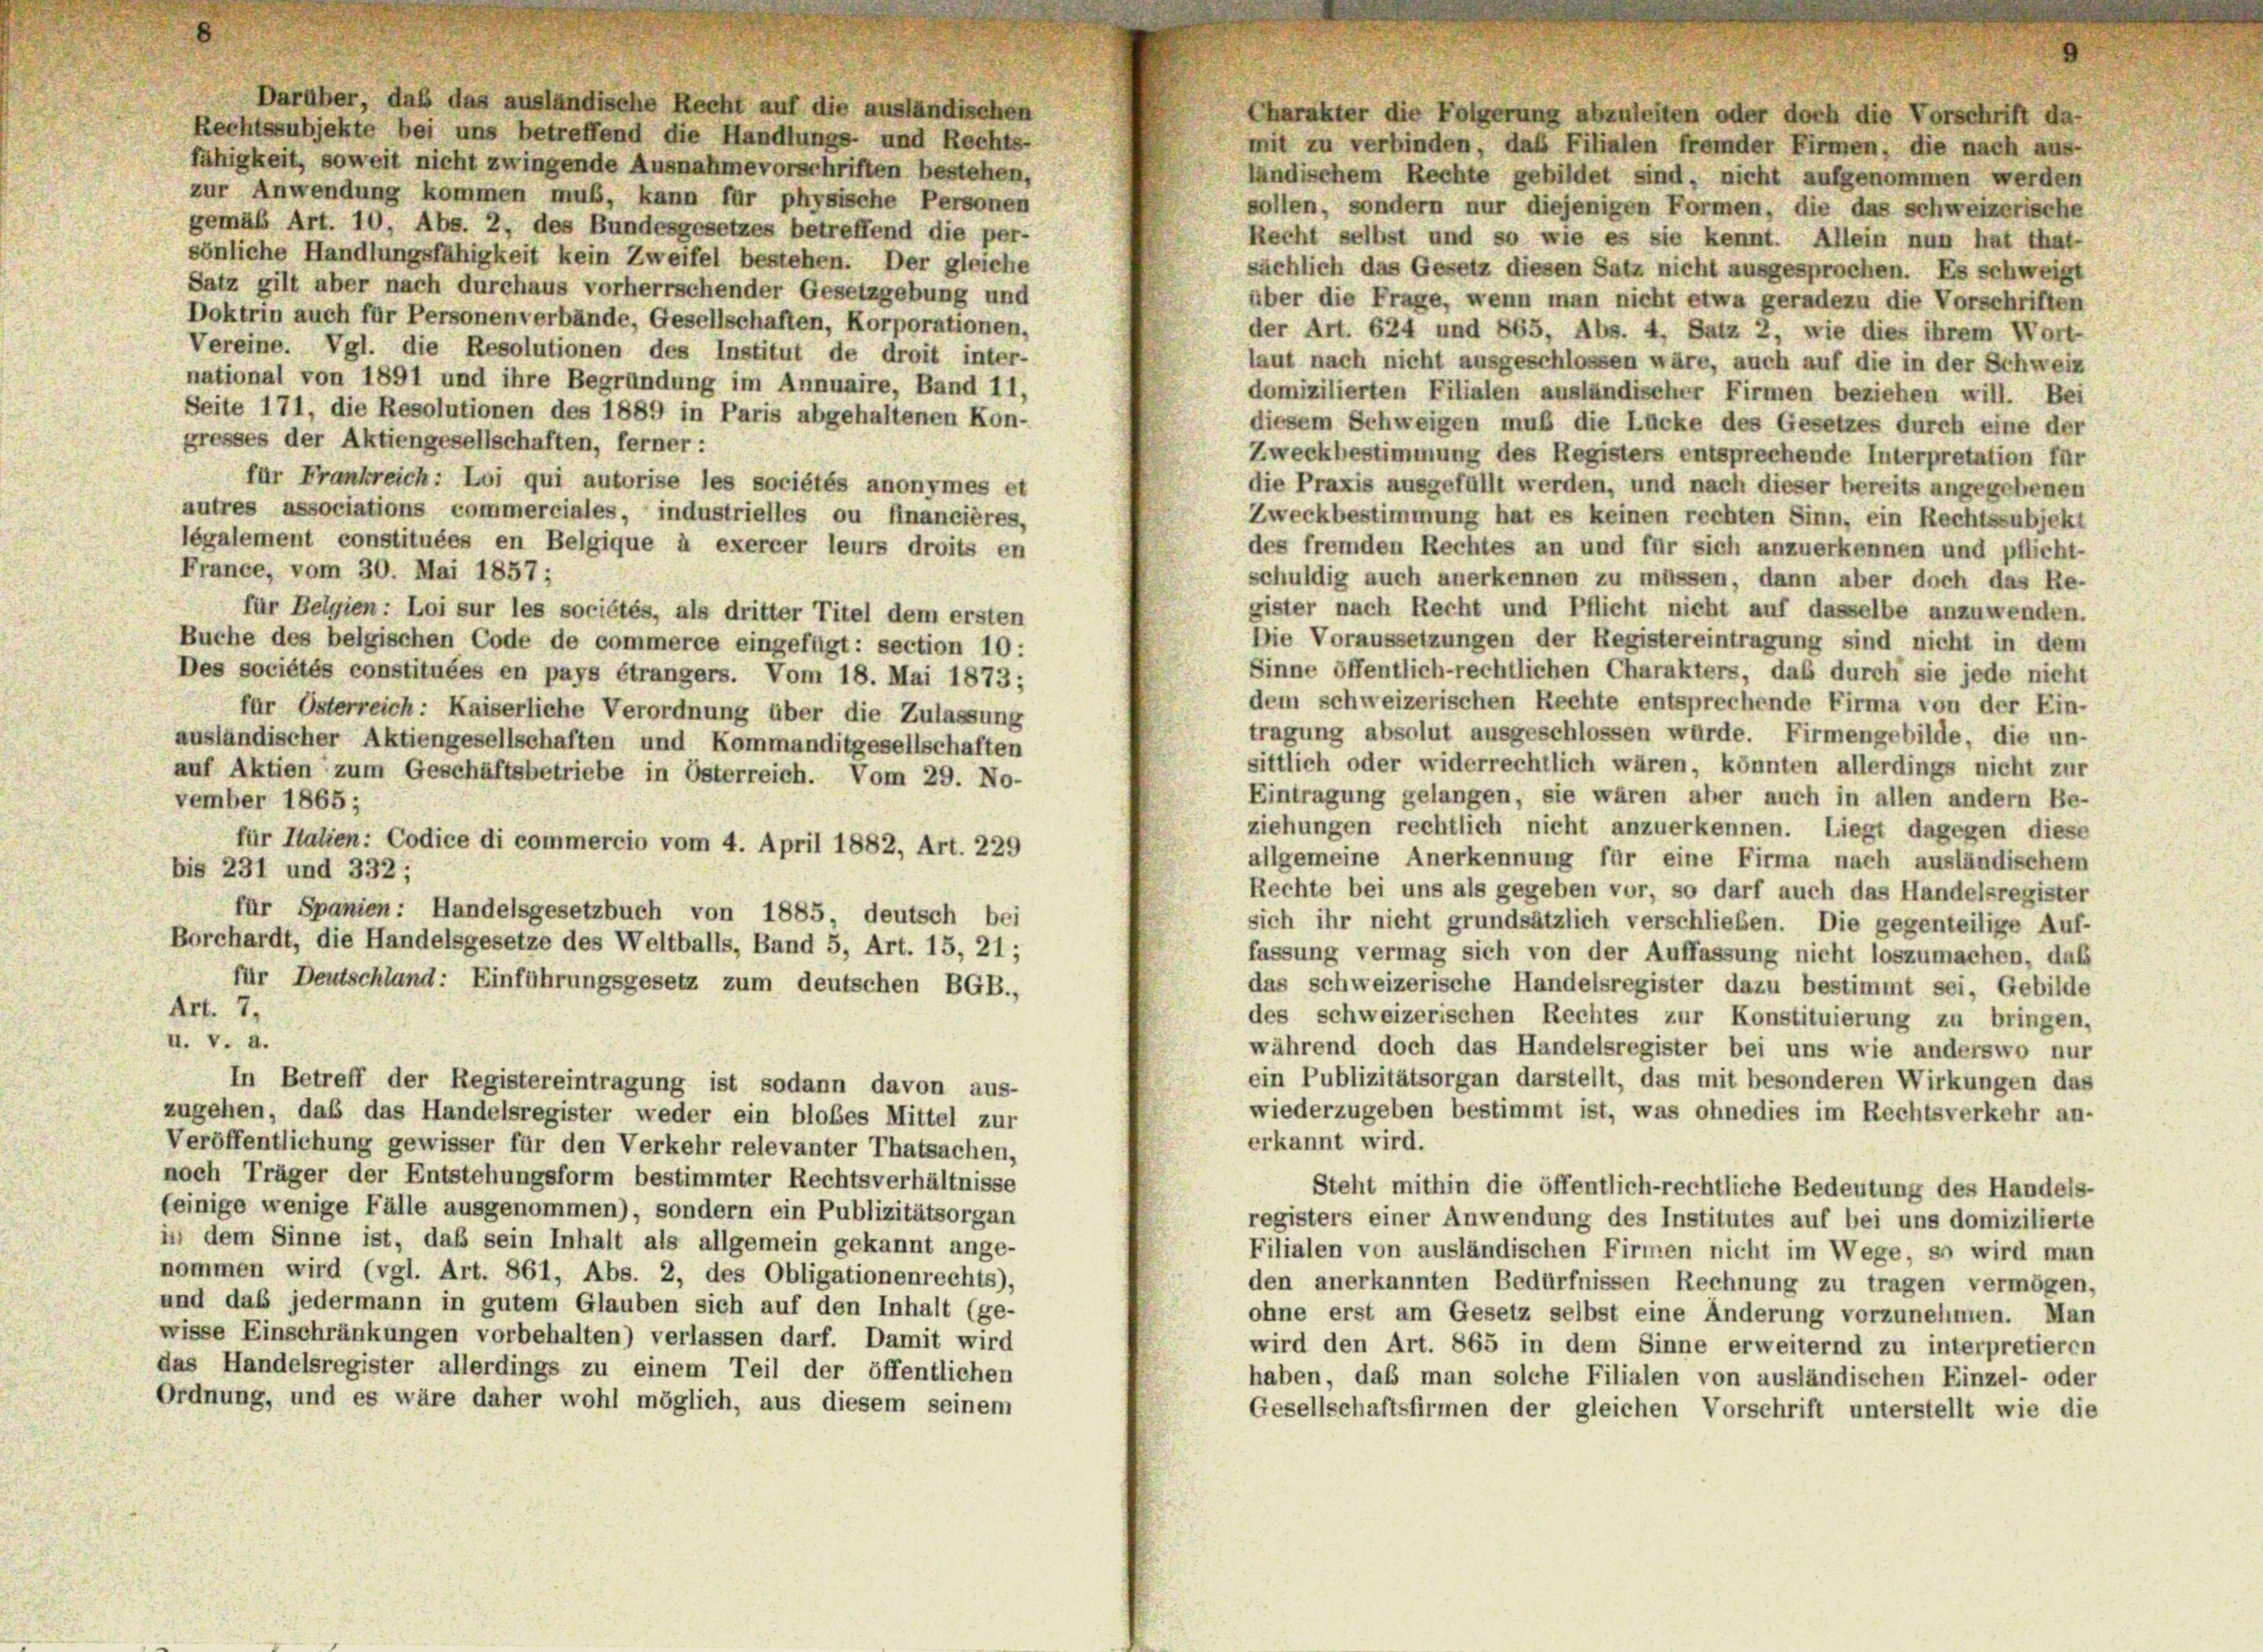
Darüber, daß das ausländische Recht auf die ausländischen
Rechtssubjekte bei uns betreffend die Handlungs- und Rechts-
fähigkeit, soweit nicht zwingende Ausnahmevorschriften bestehen,
ländischem Rechte gebildet sind, nicht aufgenommen werden
zur Anwendung kommen muß, kann für physische Personen
sollen, sondern nur diejenigen Formen, die das schweizerische
gemäß Art. 10, Abs. 2, des Bundesgesetzes betreffend die per-
Recht selbst und so wie es sie kennt. Allein nun hat that-
sönliche Handlungsfähigkeit kein Zweifel bestehen. Der gleiche
sächlich das Gesetz diesen Satz nicht ausgesprochen. Es schweigt
Satz gilt aber nach durchaus vorherrschender Gesetzgebung und
über die Frage, wenn man nicht etwa geradezu die Vorschriften
Doktrin auch für Personenverbände, Gesellschaften, Korporationen,
der Art. 624 und 865, Abs. 4, Satz 2, wie dies ihrem Wort-
Vereine. Vgl. die Resolutionen des Institut de droit inter-
laut nach nicht ausgeschlossen wäre, auch auf die in der Schweiz
national von 1891 und ihre Begründung im Annuaire, Band 11,
domizilierten Filialen ausländischer Firmen beziehen will. Bei
Seite 171, die Resolutionen des 1889 in Paris abgehaltenen Kon-
diesem Schweigen muß die Lücke des Gesetzes durch eine der
gresses der Aktiengesellschaften, ferner:
Zweckbestimmung des Registers entsprechende Interpretation für
für Frankreich: Loi qui autorise les sociétés anonymes et
die Praxis ausgefüllt werden, und nach dieser bereits angegebenen
autres associations commerciales, industrielles ou financières,
Zweckbestimmung hat es keinen rechten Sinn, ein Rechtssubjekt
légalement constituées en Belgique à exercer leurs droits en
des fremden Rechtes an und für sich anzuerkennen und pflicht-
France, vom 30. Mai 1857;
schuldig auch anerkennen zu müssen, dann aber doch das Re-
gister nach Recht und Pflicht nicht auf dasselbe anzuwenden.
für Belgien: Loi sur les sociétés, als dritter Titel dem ersten
Die Voraussetzungen der Registereintragung sind nicht in dem
Buche des belgischen Code de commerce eingefügt: section 10:
Sinne öffentlich-rechtlichen Charakters, daß durch sie jede nicht
Des sociétés constituées en pays étrangers. Vom 18. Mai 1873;
dem schweizerischen Rechte entsprechende Firma von der Ein-
für Österreich: Kaiserliche Verordnung über die Zulassung
tragung absolut ausgeschlossen würde. Firmengebilde, die un-
ausländischer Aktiengesellschaften und Kommanditgesellschaften
sittlich oder widerrechtlich wären, könnten allerdings nicht zur
auf Aktien zum Geschäftsbetriebe in Österreich. Vom 29. No-
Eintragung gelangen, sie wären aber auch in allen andern Be-
vember 1865;
ziehungen rechtlich nicht anzuerkennen. Liegt dagegen diese
für Italien: Codice di commercio vom 4. April 1882, Art. 229
allgemeine Anerkennung für eine Firma nach ausländischem
bis 231 und 332;
Rechte bei uns als gegeben vor, so darf auch das Handelsregister
für Spanien: Handelsgesetzbuch von 1885, deutsch bei
sich ihr nicht grundsätzlich verschließen. Die gegenteilige Auf-
Borchardt, die Handelsgesetze des Weltballs, Band 5, Art. 15, 21 ;
fassung vermag sich von der Auffassung nicht loszumachen, daß
für Deutschland: Einführungsgesetz zum deutschen BGB.,
das schweizerische Handelsregister dazu bestimmt sei, Gebilde
Art. 7.
des schweizerischen Rechtes zur Konstituierung zu bringen,
II. V. a.
während doch das Handelsregister bei uns wie anderswo nur
ein Publizitätsorgan darstellt, das mit besonderen Wirkungen das
In Betreff der Registereintragung ist sodann davon aus-
wiederzugeben bestimmt ist, was ohnedies im Rechtsverkehr an-
zugehen, daß das Handelsregister weder ein bloßes Mittel zur
erkannt wird.
Veröffentlichung gewisser für den Verkehr relevanter Thatsachen,
noch Träger der Entstehungsform bestimmter Rechtsverhältnisse
Steht mithin die öffentlich-rechtliche Bedeutung des Handels-
feinige wenige Fälle ausgenommen), sondern ein Publizitätsorgan
registers einer Anwendung des Institutes auf bei uns domizilierte
in dem Sinne ist, daß sein Inhalt als allgemein gekannt ange-
Filialen von ausländischen Firmen nicht im Wege, so wird man
nommen wird (vgl. Art. 861, Abs. 2, des Obligationenrechts),
den anerkannten Bedürfnissen Rechnung zu tragen vermögen,
und daß jedermann in gutem Glauben sich auf den Inhalt (ge-
ohne erst am Gesetz selbst eine Änderung vorzunehmen. Man
wisse Einschränkungen vorbehalten) verlassen darf. Damit wird
wird den Art. 865 in dem Sinne erweiternd zu interpretieren
das Handelsregister allerdings zu einem Teil der öffentlichen
haben, daß man solche Filialen von ausländischen Einzel- oder
Ordnung, und es wäre daher wohl möglich, aus diesem seinem
Gesellschaftsfirmen der gleichen Vorschrift unterstellt wie die

Charakter die Folgerung abzuleiten oder doch die Vorschrift da-
mit zu verbinden, das Filialen fremder Firmen, die nach aus-